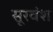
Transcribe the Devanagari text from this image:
सूरवंश